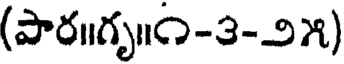
(పార॥గృ॥౧-౩-౨౫)